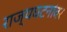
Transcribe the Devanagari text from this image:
राज्यघटनांवर